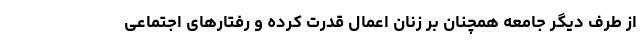
از طرف دیگر جامعه همچنان بر زنان اعمال قدرت کرده و رفتارهای اجتماعی